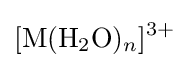
{\ce {[M(H2O)_{n}]^{3+}}}